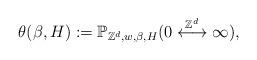
LaTeX: \begin{align*}\theta(\beta,H):=\mathbb{P}_{\mathbb{Z}^d,w,\beta,H}(0\overset{\mathbb{Z}^d}{\longleftrightarrow}\infty),\end{align*}